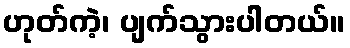
ဟုတ်ကဲ့၊ ပျက်သွားပါတယ်။